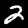
Digit: 2